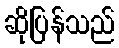
ဆိုပြန်သည်